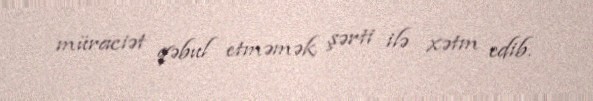
müraciət qəbul etməmək şərti ilə xətm edib.